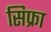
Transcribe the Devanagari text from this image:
सिफ्रा